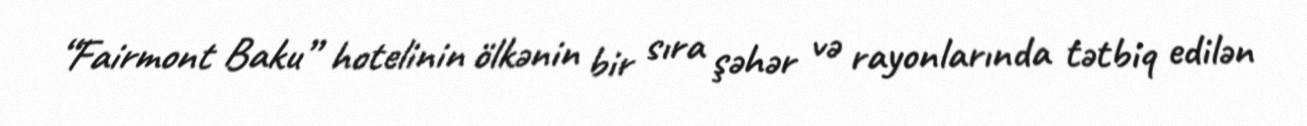
“Fairmont Baku” hotelinin ölkənin bir sıra şəhər və rayonlarında tətbiq edilən